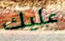
عليك